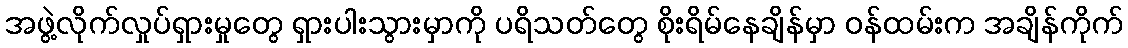
အဖွဲ့လိုက်လှုပ်ရှားမှုတွေ ရှားပါးသွားမှာကို ပရိသတ်တွေ စိုးရိမ်နေချိန်မှာ ဝန်ထမ်းက အချိန်ကိုက်